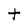
Character: t